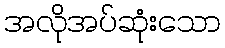
အလိုအပ်ဆုံးသော